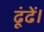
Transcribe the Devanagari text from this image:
ढूंढें।